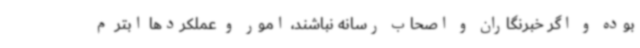
بوده و اگر خبرنگاران و اصحاب رسانه نباشند، امور و عملکردها ابتر م